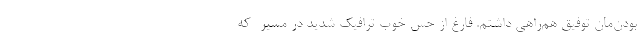
بودن‌مان توفیق هم‌راهی داشتم. فارغ از حس خوب ترافیک شدید در مسیر -که